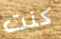
كنت